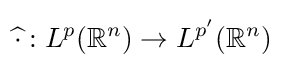
{\widehat {\cdot }}:L^{p}(\mathbb {R} ^{n})\to L^{p'}(\mathbb {R} ^{n})